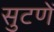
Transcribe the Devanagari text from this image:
सुटणें